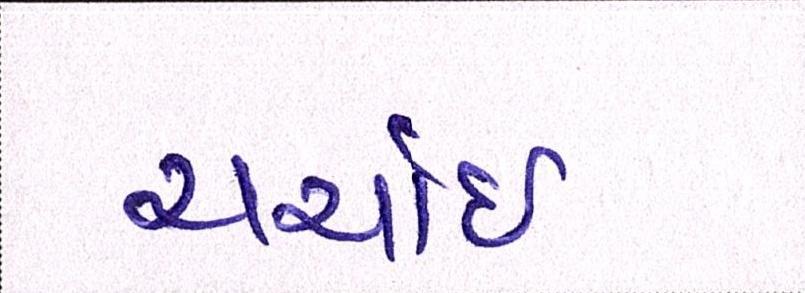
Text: ચર્ચાઈ